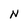
Character: N